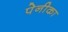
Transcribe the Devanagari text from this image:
पेनीका